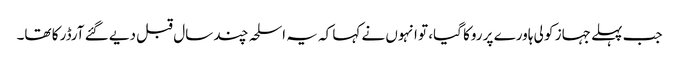
جب پہلے جہاز کو لی ہاورے پر روکا گیا، تو انہوں نے کہا کہ یہ اسلحہ چند سال قبل دیے گئے آرڈر کا تھا۔